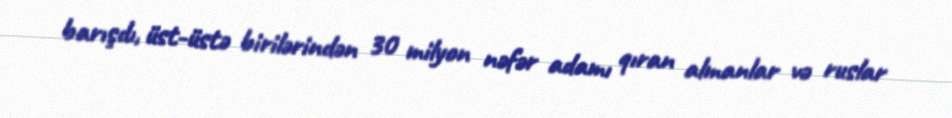
barışdı, üst-üstə birilərindən 30 milyon nəfər adamı qıran almanlar və ruslar